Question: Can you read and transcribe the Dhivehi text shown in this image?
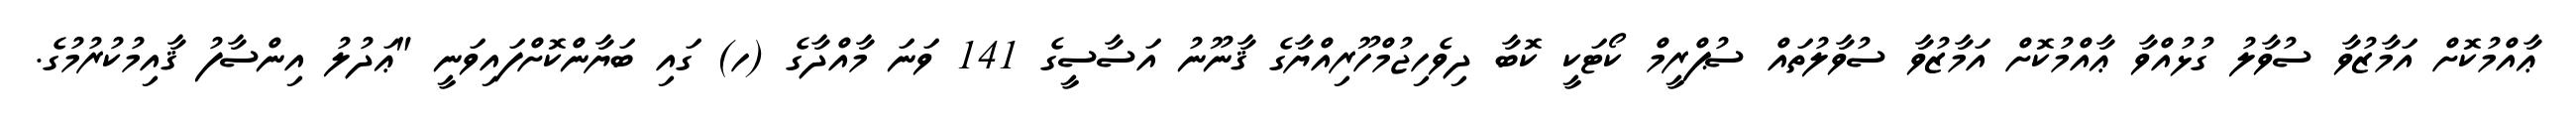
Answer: ޢާއްމުކޮށް އަމާޒުވާ ސުވާލު ގުޅުއްވާ ޢާއްމުކޮށް އަމާޒުވާ ސުވާލުތައް ސުޕްރީމް ކޯޓަކީ ކޮބާ ދިވެހިޖުމްހޫރިއްޔާގެ ޤާނޫނު އަސާސީގެ 141 ވަނަ މާއްދާގެ (ހ) ގައި ބަޔާންކޮށްފައިވަނީ "ޢަދުލު އިންސާފު ޤާއިމުކުރުމުގެ.